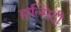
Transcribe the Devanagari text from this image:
हाल्मिदी